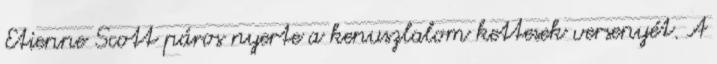
Etienne Scott páros nyerte a kenuszlalom kettesek versenyét. A